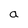
Character: a